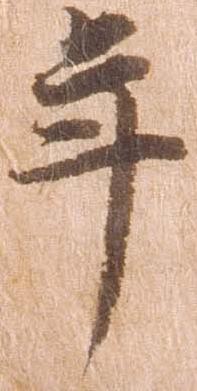
年